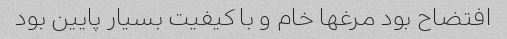
افتضاح بود مرغها خام و با کیفیت بسیار پایین بود